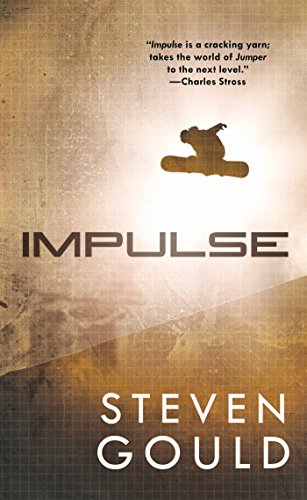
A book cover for Impulse (Jumper); Steven Gould; Science Fiction & Fantasy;